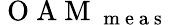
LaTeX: \mathrm{~O~A~M~}_{\mathrm{~m~e~a~s~}}